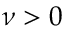
\nu > 0